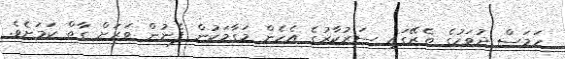
ހަމަސް ދުވަހުގެ ތެރޭގައި ސަރުކާރުގެ އެހެން މަގާމަކުން ފެނުން ވަރަށް ގާތް ކަމަށެވެ.